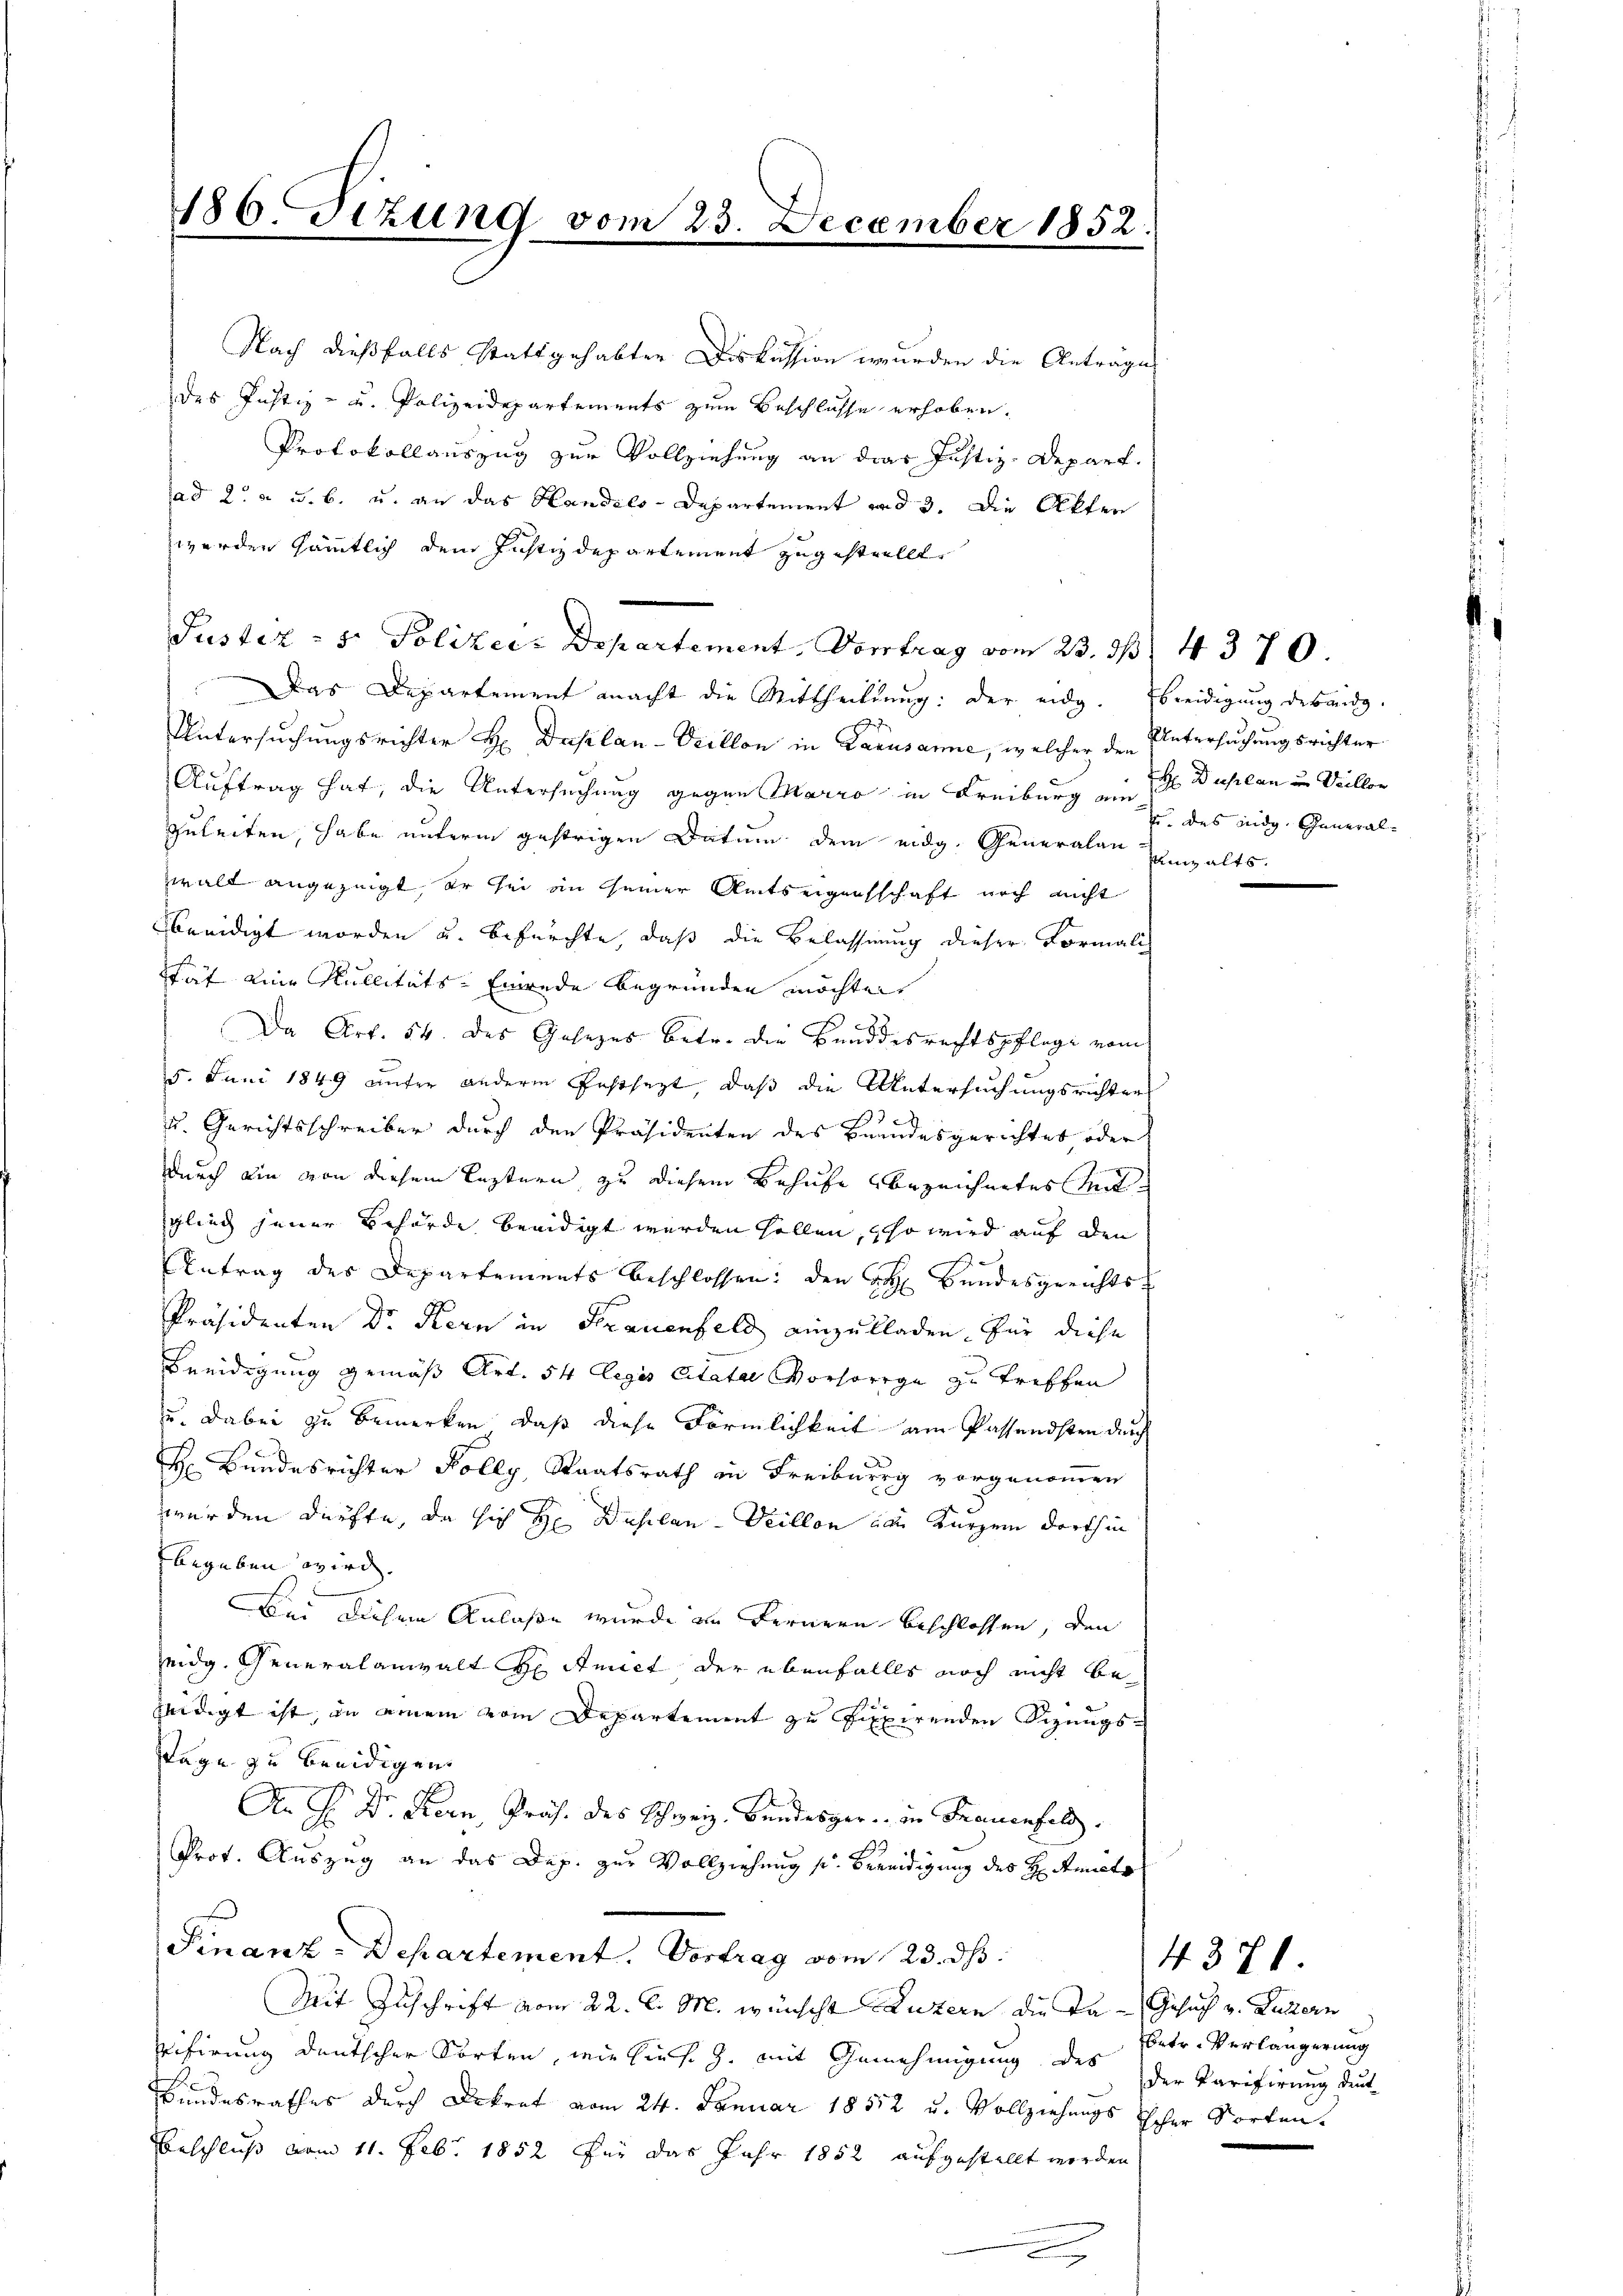
186. Fizung vom 23. December 1852.

Nach dießfalls stattgehabter Diskussion wurden die Anträge
des Justiz- u. Polizeidepartements zum Beschlusse erhoben.
Protokollauszug zur Vollziehung an das Justiz-Depart.
ad 2. a u. b. u. an das Handels-Departement und 3. Die Akten
werden sämmtlich dem Justizdepartement zugestellt
Justiz - 5. Polizeir Departement, Vortrag vom 23. 33. 4370.
Das Departement macht die Mittheilung: der eidg. Ebeeidigung derand-
Untersuchungsrichter H. Daplan-Veillon in Lausanne, welcher den Untersuchungsrichter
Auftrag hat, die Untersuchung gegen Marro in Freiburg ein  Duplan u. Veillon
zuleiten, habe unterm gestrigen Datum dem eidg. Generalen Einhaltswalt angezeigt, er sei an seiner Amtseigensschaft noch nicht
beeidigt worden u. befürchte, daß die Belassung dieser Formali
stät eine Mullitäts-Einrede begründen möchte.
Da Art. 54. des Gesezes betr. die Bundesrechtspflege vom
5. Juni 1849 unter andern festsezt, daß die Untersuchungsrichter
u. Gerichtsschreiber durch den Präsidenten des Bundesgerichtes oder
durch ein von diesem leztern zu diesem Behufe bezeichnetes Mitglich jener Behörde beeidigt werden sollen, so wird auf den
Antrag des Departements beschlossen: den von Bundesgerichts-
Präsidenten Dr. Kern in Frauenfeld einzulladen, für diese
Beeidigung gemäß Art. 54 legis Citater Vorsorge zu treffen
u. dabei zu bemerken, daß diese Förmlichkeit am Passendsten durch
Hr: Bundesrichter Kolly, Staatsrath in Freiburg vorgenommen
werden dürfte, da sich H Duplan -Veillon von Kürzen dorthin
begeben wird.
Bei diesem Anlaße wurde in Fernern beschlossen, den
eidg. Generalanwalt H Amict der ebenfalls noch nicht bezeidigt ist, in einem vom Departement zu fixpirenden Sizungs¬
Tage zu beeidigen.
An H. Dr. Seen, Präs. des Schweiz. Bundesger. in Frauenfeld.
Prot. Auszug an das Dep. zur Vollziehung s. Bereidigung des H. Amts
Finanz-Departement. Vortrag vom 23. ds.
Mit Zuschrift vom 22. d. M. wünscht Luzern die Ta- Gesuch v. Luttern
Vifirung deutscher Sorten, wie hies. Z. mit Genehmigung des der Parifirung durc
Bundesrathes durch Dekret vom 24. Januar 1852 u. Vollziehungs Tscher Sorten.
Beschluß vom 11. Febr. 1852 für das Jahr 1852 aufgestellt worden

des eidg. General-

betr. Verlängerung

4371